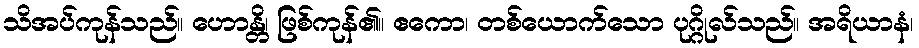
သိအပ်ကုန်သည်။ ဟောန္တိ၊ ဖြစ်ကုန်၏။ ဧကော၊ တစ်ယောက်သော ပုဂ္ဂိုလ်သည်။ အရိယာနံ၊